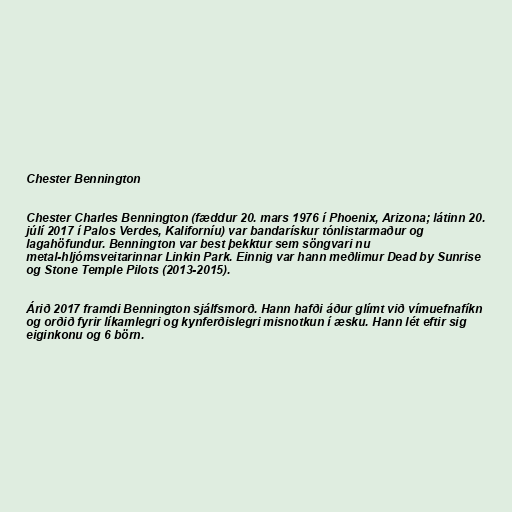
Chester Bennington

Chester Charles Bennington (fæddur 20. mars 1976 í Phoenix, Arizona; látinn 20.
júlí 2017 í Palos Verdes, Kaliforníu) var bandarískur tónlistarmaður og
lagahöfundur. Bennington var best þekktur sem söngvari nu
metal-hljómsveitarinnar Linkin Park. Einnig var hann meðlimur Dead by Sunrise
og Stone Temple Pilots (2013-2015).

Árið 2017 framdi Bennington sjálfsmorð. Hann hafði áður glímt við vímuefnafíkn
og orðið fyrir líkamlegri og kynferðislegri misnotkun í æsku. Hann lét eftir sig
eiginkonu og 6 börn.